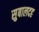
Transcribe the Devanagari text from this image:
सुबालदह